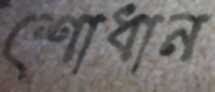
শোধান